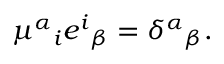
\mu ^ { \alpha } { } _ { i } e ^ { i } { } _ { \beta } = \delta ^ { \alpha } { } _ { \beta } .